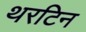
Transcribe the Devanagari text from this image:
थरटिन